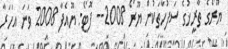
ޔޫރޯގެ ތާރީޚުގެ ސަފުހާތަކުން ޔޫރޯ 2008-- ފޮޓޯ: ޔޫއެފާ 2008 ވަނަ އަހަރާ